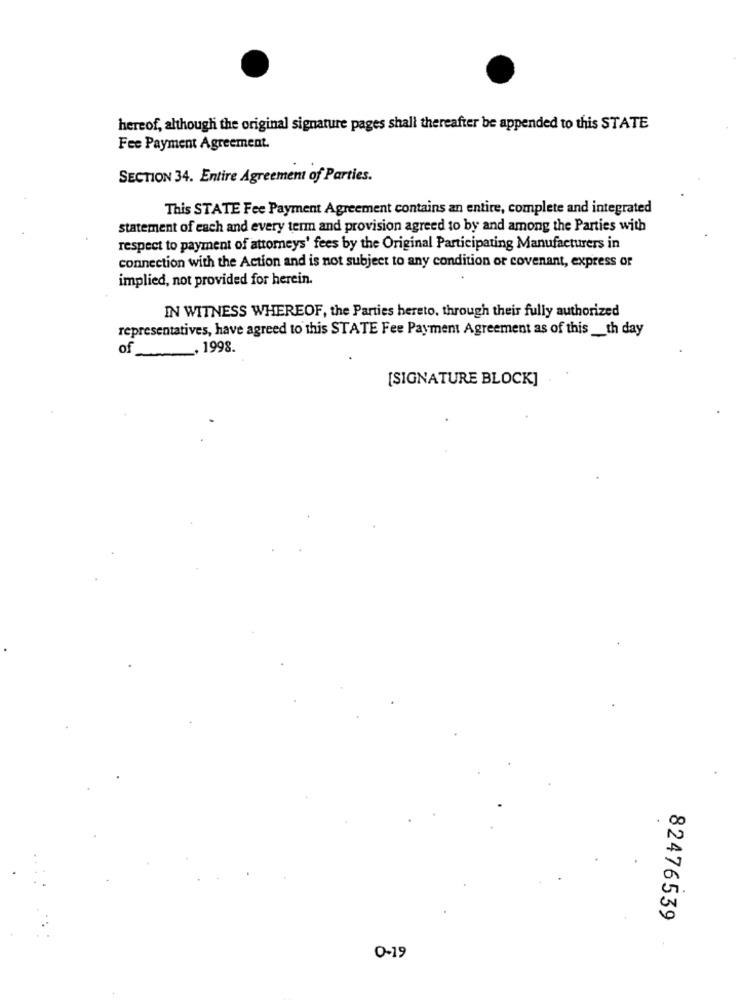
hereof, although the original signature pages shall thereafter be appended to this STATE
Fee Payment Agreement.
SECTION 34. Entire Agreement of Parties.
This STATE Fee Payment Agreement contains an entire, complete and integrated
statement of each and every term and provision agreed to by and among the Parties with
respect to payment of attorneys' fees by the Original Participating Manufacturers in
connection with the Action and is not subject to any condition or covenant, express or
implied, not provided for herein.
IN WITNESS WHEREOF, the Parties hereto, through their fully authorized
representatives, have agreed to this STATE Fee Payment Agreement as of this __ th day
of , 1998.
[SIGNATURE BLOCK]
82476539
0-19